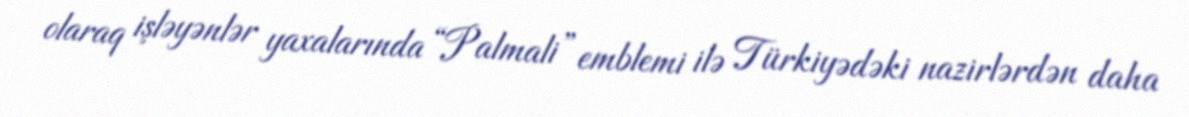
olaraq işləyənlər yaxalarında “Palmali” emblemi ilə Türkiyədəki nazirlərdən daha